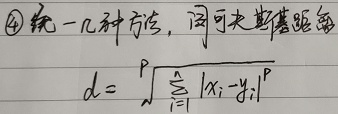
\textcircled{4}统一几种方信，闵可夫斯基距
\[
d = \sqrt[p]{\sum_{i = 1}^{n} \left| x_{i} - y_{i} \right|^{p}}
\]